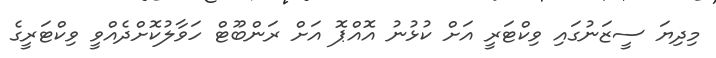
މިދިޔަ ސީޒަނުގައި ވިކްޓަރީ އަށް ކުޅުނު އޮއްޕޮ އަށް ރަންބޫޓް ހަވާލުކޮށްދެއްވީ ވިކްޓަރީގެ